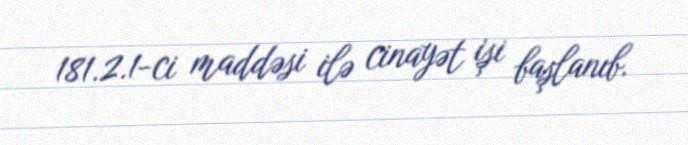
181.2.1-ci maddəsi ilə cinayət işi başlanıb.